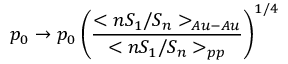
p _ { 0 } \rightarrow p _ { 0 } \left( \frac { < n S _ { 1 } / S _ { n } > _ { A u - A u } } { < n S _ { 1 } / S _ { n } > _ { p p } } \right) ^ { 1 / 4 }